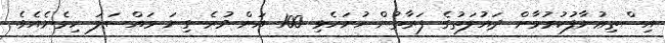
އިސްތިޢުނާފުކުރުމާށް ދައުލަތުގެ ފަރާތުން ހުށަހެޅި 100 އަށް ވުރެ ގިނަ މައްސަލަ ހިމެނެއެވެ.